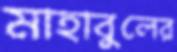
মাহাবুলের